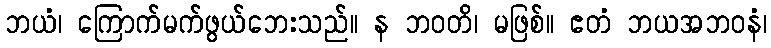
ဘယံ၊ ကြောက်မက်ဖွယ်ဘေးသည်။ န ဘဝတိ၊ မဖြစ်။ ဧတံ ဘယအဘဝနံ၊